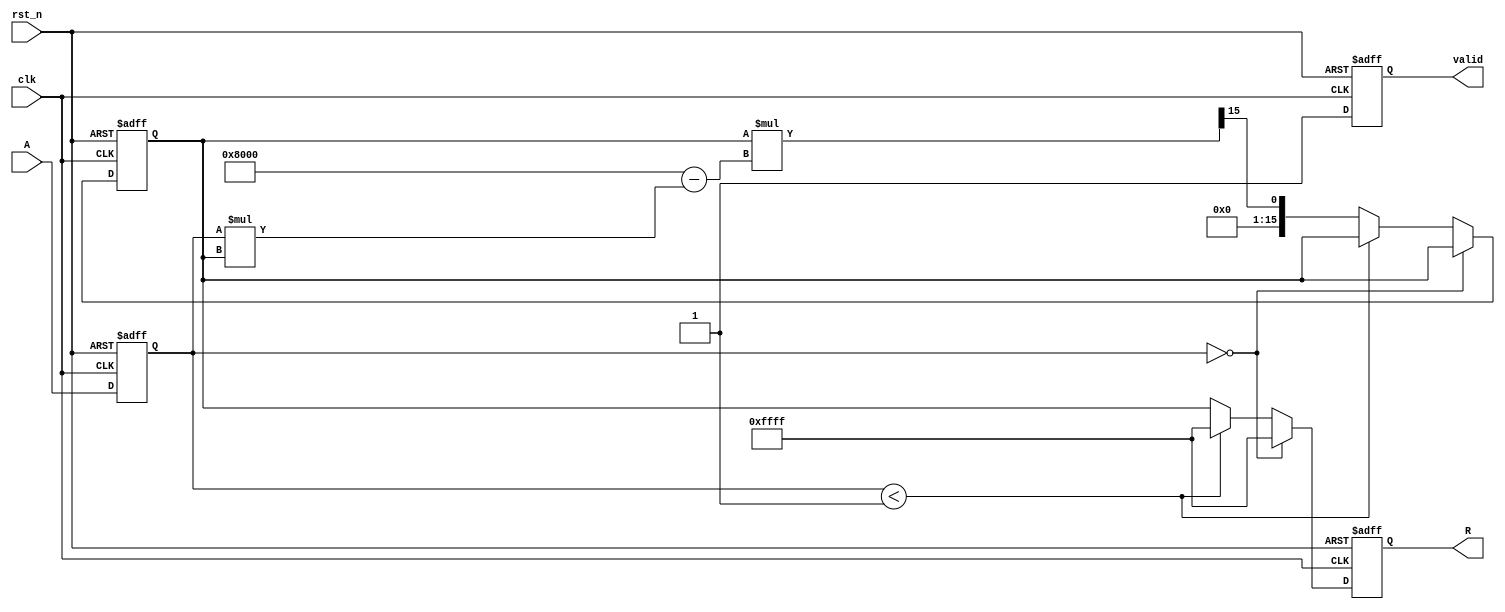
module approx_reciprocal (
    input        clk,
    input        rst_n,
    input  [15:0] A,     // 16-bit fixed-point input
    output reg [15:0] R, // 16-bit fixed-point output (approximate reciprocal)
    output reg       valid // Output valid signal
);

    reg [15:0] approx;   // Intermediate approximation
    reg [15:0] A_reg;    // Registered input value

    // Internal parameters
    parameter ZERO_THRESHOLD = 16'h0001; // Threshold to handle zero input

    always @(posedge clk or negedge rst_n) begin
        if (!rst_n) begin
            R <= 16'b0;
            valid <= 1'b0;
            approx <= 16'b0;
            A_reg <= 16'b0;
        end else begin
            // Register input value
            A_reg <= A;
            
            // Check for zero input
            if (A_reg == 16'b0) begin
                R <= 16'hFFFF; // Return a predefined value for zero input
                valid <= 1'b1;
            end else if (A_reg < ZERO_THRESHOLD) begin
                // Handle very small values
                R <= 16'hFFFF; // Return a large reciprocal value
                valid <= 1'b1;
            end else begin
                // Normalize and compute approximate reciprocal using Newton-Raphson
                // Initial approximation, can be adjusted
                approx <= 16'h4000; // Approximation for 1 (2^15)

                // Newton-Raphson iteration: x1 = x0 * (2 - A * x0)
                approx <= approx * (16'h8000 - A_reg * approx) >> 15; // Applying shift for fixed-point
                
                // Scale the result back to the output format
                R <= approx;
                valid <= 1'b1;
            end
        end
    end
endmodule